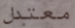
معتدل